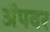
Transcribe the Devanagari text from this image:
अॅपवर